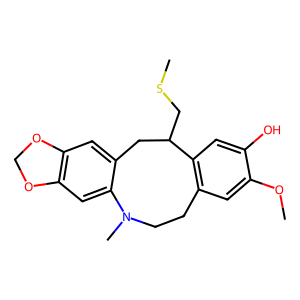
SMILES: COc1cc2c(cc1O)C(CSC)Cc1cc3c(cc1N(C)CC2)OCO3
Inhibits HIV replication: No